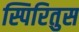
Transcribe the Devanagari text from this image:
स्पिरितुस